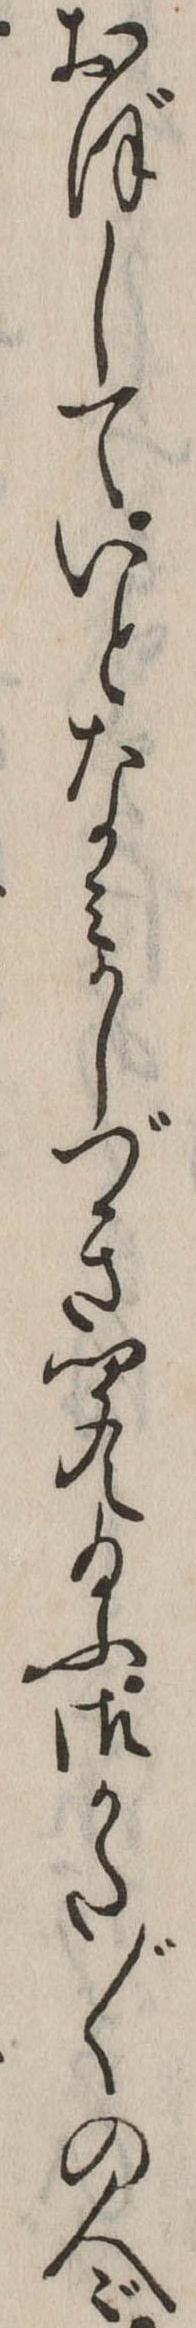
おぼしていとなみかしづき聞え給ふ御かた〲の人ゞ